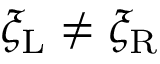
\xi _ { \mathrm { { L } } } \neq \xi _ { \mathrm { { R } } }